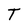
Character: T